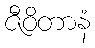
ဇီဝိတာနံ